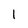
Character: 1